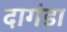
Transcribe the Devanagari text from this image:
दागंडा